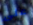
على